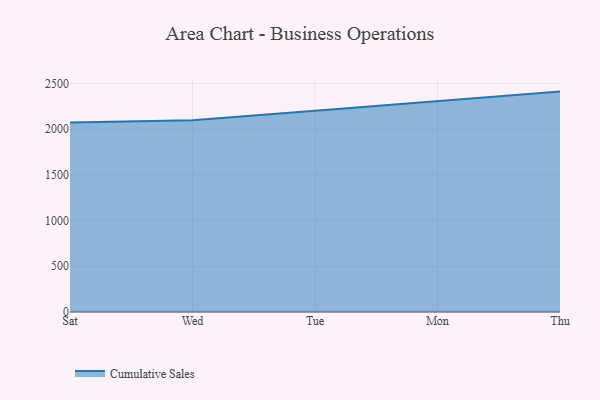
{"axis": {"x": "Day", "y": "LTV (USD)"}, "legend": ["Cumulative Sales"], "data": [{"x": "Sat", "y": 2072.7, "type": "Cumulative Sales"}, {"x": "Wed", "y": 2098.2, "type": "Cumulative Sales"}, {"x": "Tue", "y": 2200.9, "type": "Cumulative Sales"}, {"x": "Mon", "y": 2303.9, "type": "Cumulative Sales"}, {"x": "Thu", "y": 2410.8, "type": "Cumulative Sales"}]}